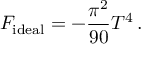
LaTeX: { \cal F } _ { \mathrm { i d e a l } } = - { \frac { \pi ^ { 2 } } { 9 0 } } T ^ { 4 } \, .